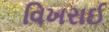
વિખરાઈ